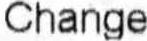
CHANGE